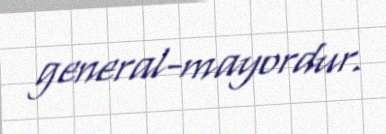
general-mayordur.